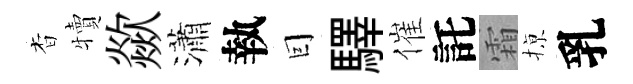
杳犢歘瀟執囙驛催託霜𢱊乳